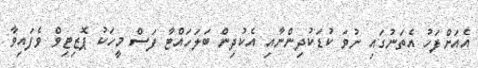
އެއަށްފަހު އެތަނުގައި ނުވަ ކުޑަކުދިންނާއި އެކުދިން ބަލަހައްޓާ ފަސް މީހަކު ޕޮޒިޓިވް ވެފައިވާ